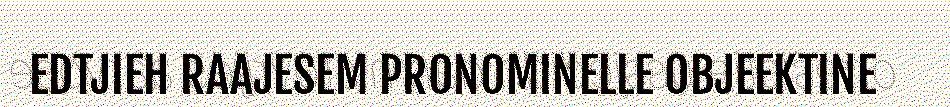
EDTJIEH RAAJESEM PRONOMINELLE OBJEEKTINE